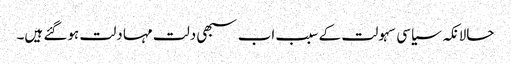
حالانکہ سیاسی سہولت کے سبب اب سبھی دلت مہا دلت ہوگئے ہیں۔